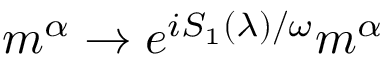
m ^ { \alpha } \to e ^ { i { \cal S } _ { 1 } ( \lambda ) / \omega } m ^ { \alpha }